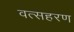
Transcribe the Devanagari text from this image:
वत्सहरण